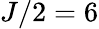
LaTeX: J/2=6